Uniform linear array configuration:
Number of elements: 64
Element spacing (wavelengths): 0.5
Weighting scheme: blackman
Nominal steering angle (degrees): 45
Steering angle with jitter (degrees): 45.482
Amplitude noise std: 0.05
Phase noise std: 0.05

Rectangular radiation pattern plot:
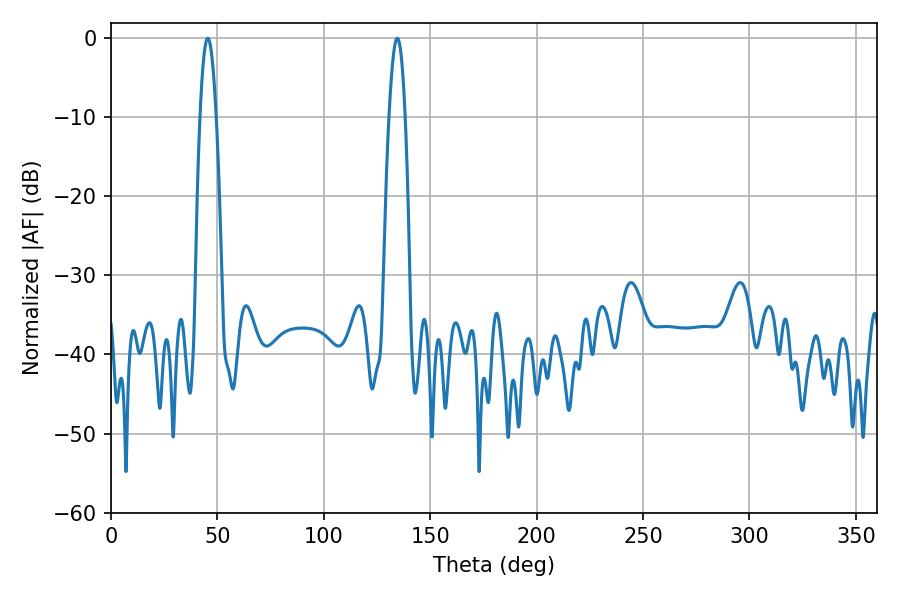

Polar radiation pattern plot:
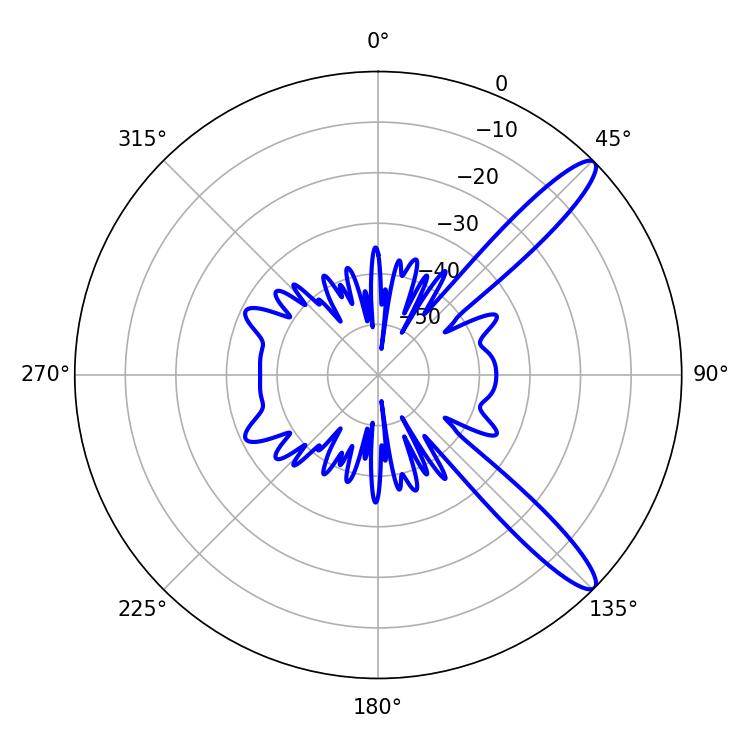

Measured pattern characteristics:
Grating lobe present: FALSE
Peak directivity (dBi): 12.5
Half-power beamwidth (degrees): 4.14
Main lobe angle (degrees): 45.54